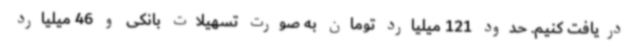
دریافت کنیم. حدود 121 میلیارد تومان به صورت تسهیلات بانکی و 46 میلیارد